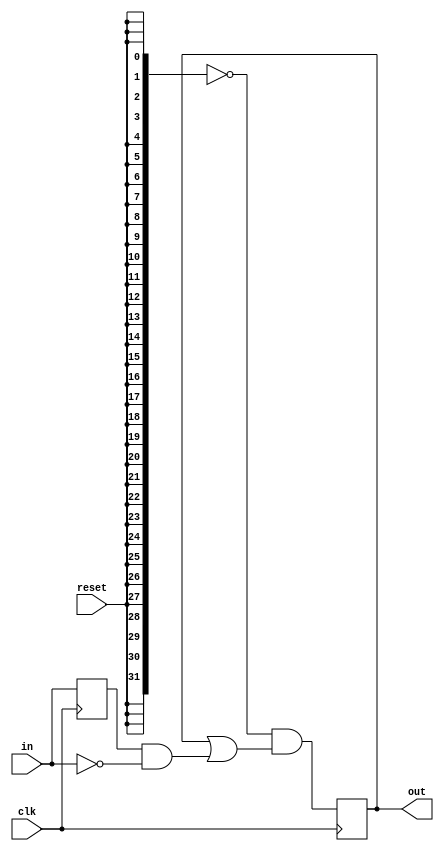
module top_module (
    input clk,
    input reset,
    input [31:0] in,
    output [31:0] out
);
    reg [31:0] temp1, temp2;
    always @(posedge clk) begin
        //temp1 <= {32{reset}};
    	temp2 <= in;
    end
    
    always @(posedge clk)
        out <= (~{32{reset}}) & (out | (temp2 & ~in));
        
        //out <= (~temp1) & (out | (temp2 & ~in));
        
endmodule